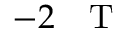
- 2 \mathrm { ~ ~ ~ T ~ }